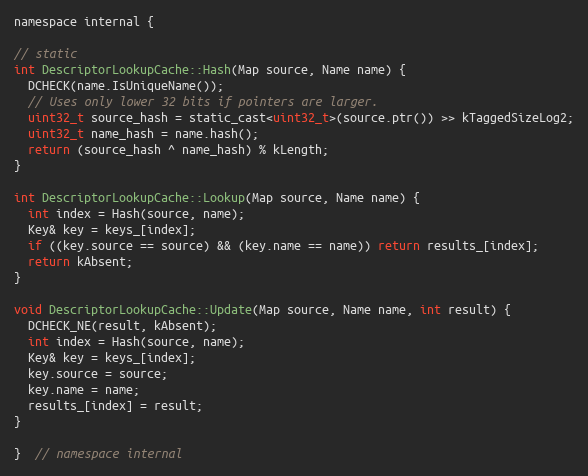
Language: C
namespace internal {

// static
int DescriptorLookupCache::Hash(Map source, Name name) {
  DCHECK(name.IsUniqueName());
  // Uses only lower 32 bits if pointers are larger.
  uint32_t source_hash = static_cast<uint32_t>(source.ptr()) >> kTaggedSizeLog2;
  uint32_t name_hash = name.hash();
  return (source_hash ^ name_hash) % kLength;
}

int DescriptorLookupCache::Lookup(Map source, Name name) {
  int index = Hash(source, name);
  Key& key = keys_[index];
  if ((key.source == source) && (key.name == name)) return results_[index];
  return kAbsent;
}

void DescriptorLookupCache::Update(Map source, Name name, int result) {
  DCHECK_NE(result, kAbsent);
  int index = Hash(source, name);
  Key& key = keys_[index];
  key.source = source;
  key.name = name;
  results_[index] = result;
}

}  // namespace internal